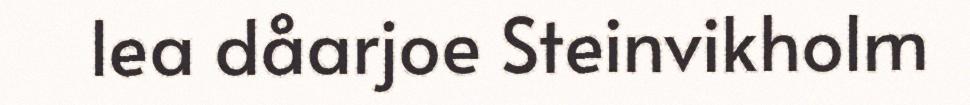
lea dåarjoe Steinvikholm